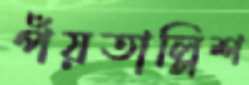
পঁয়তাল্লিশ